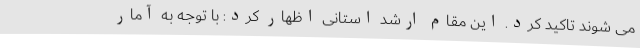
می شوند تاکید کرد. این مقام ارشد استانی اظهار کرد: با توجه به آمار